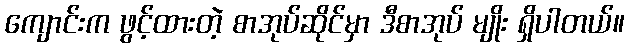
ကျောင်းက ဖွင့်ထားတဲ့ စာအုပ်ဆိုင်မှာ ဒီစာအုပ် မျိုး ရှိပါတယ်။